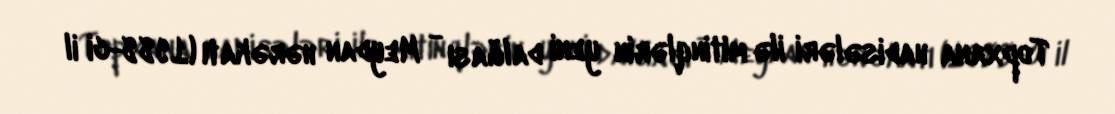
Topxana hadisələri ilə mitinqlərin yeni dalğası - Meydan hərəkatı (1988-ci il